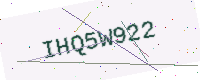
Text: IHQ5W922